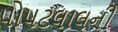
પોપટલાલની